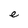
Character: e